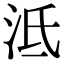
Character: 泜